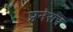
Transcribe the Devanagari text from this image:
प्रनेसप